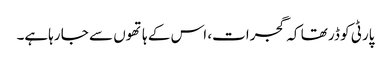
پارٹی کو ڈر تھا کہ گجرات، اس کے ہاتھوں سے جا رہاہے۔